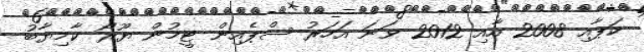
ކަޕާއި 2008 އާއި 2012 ވަނަ އަހަރު ސްޕެއިން ޓީމުން ޔޫރޯ ކާމިޔާބު